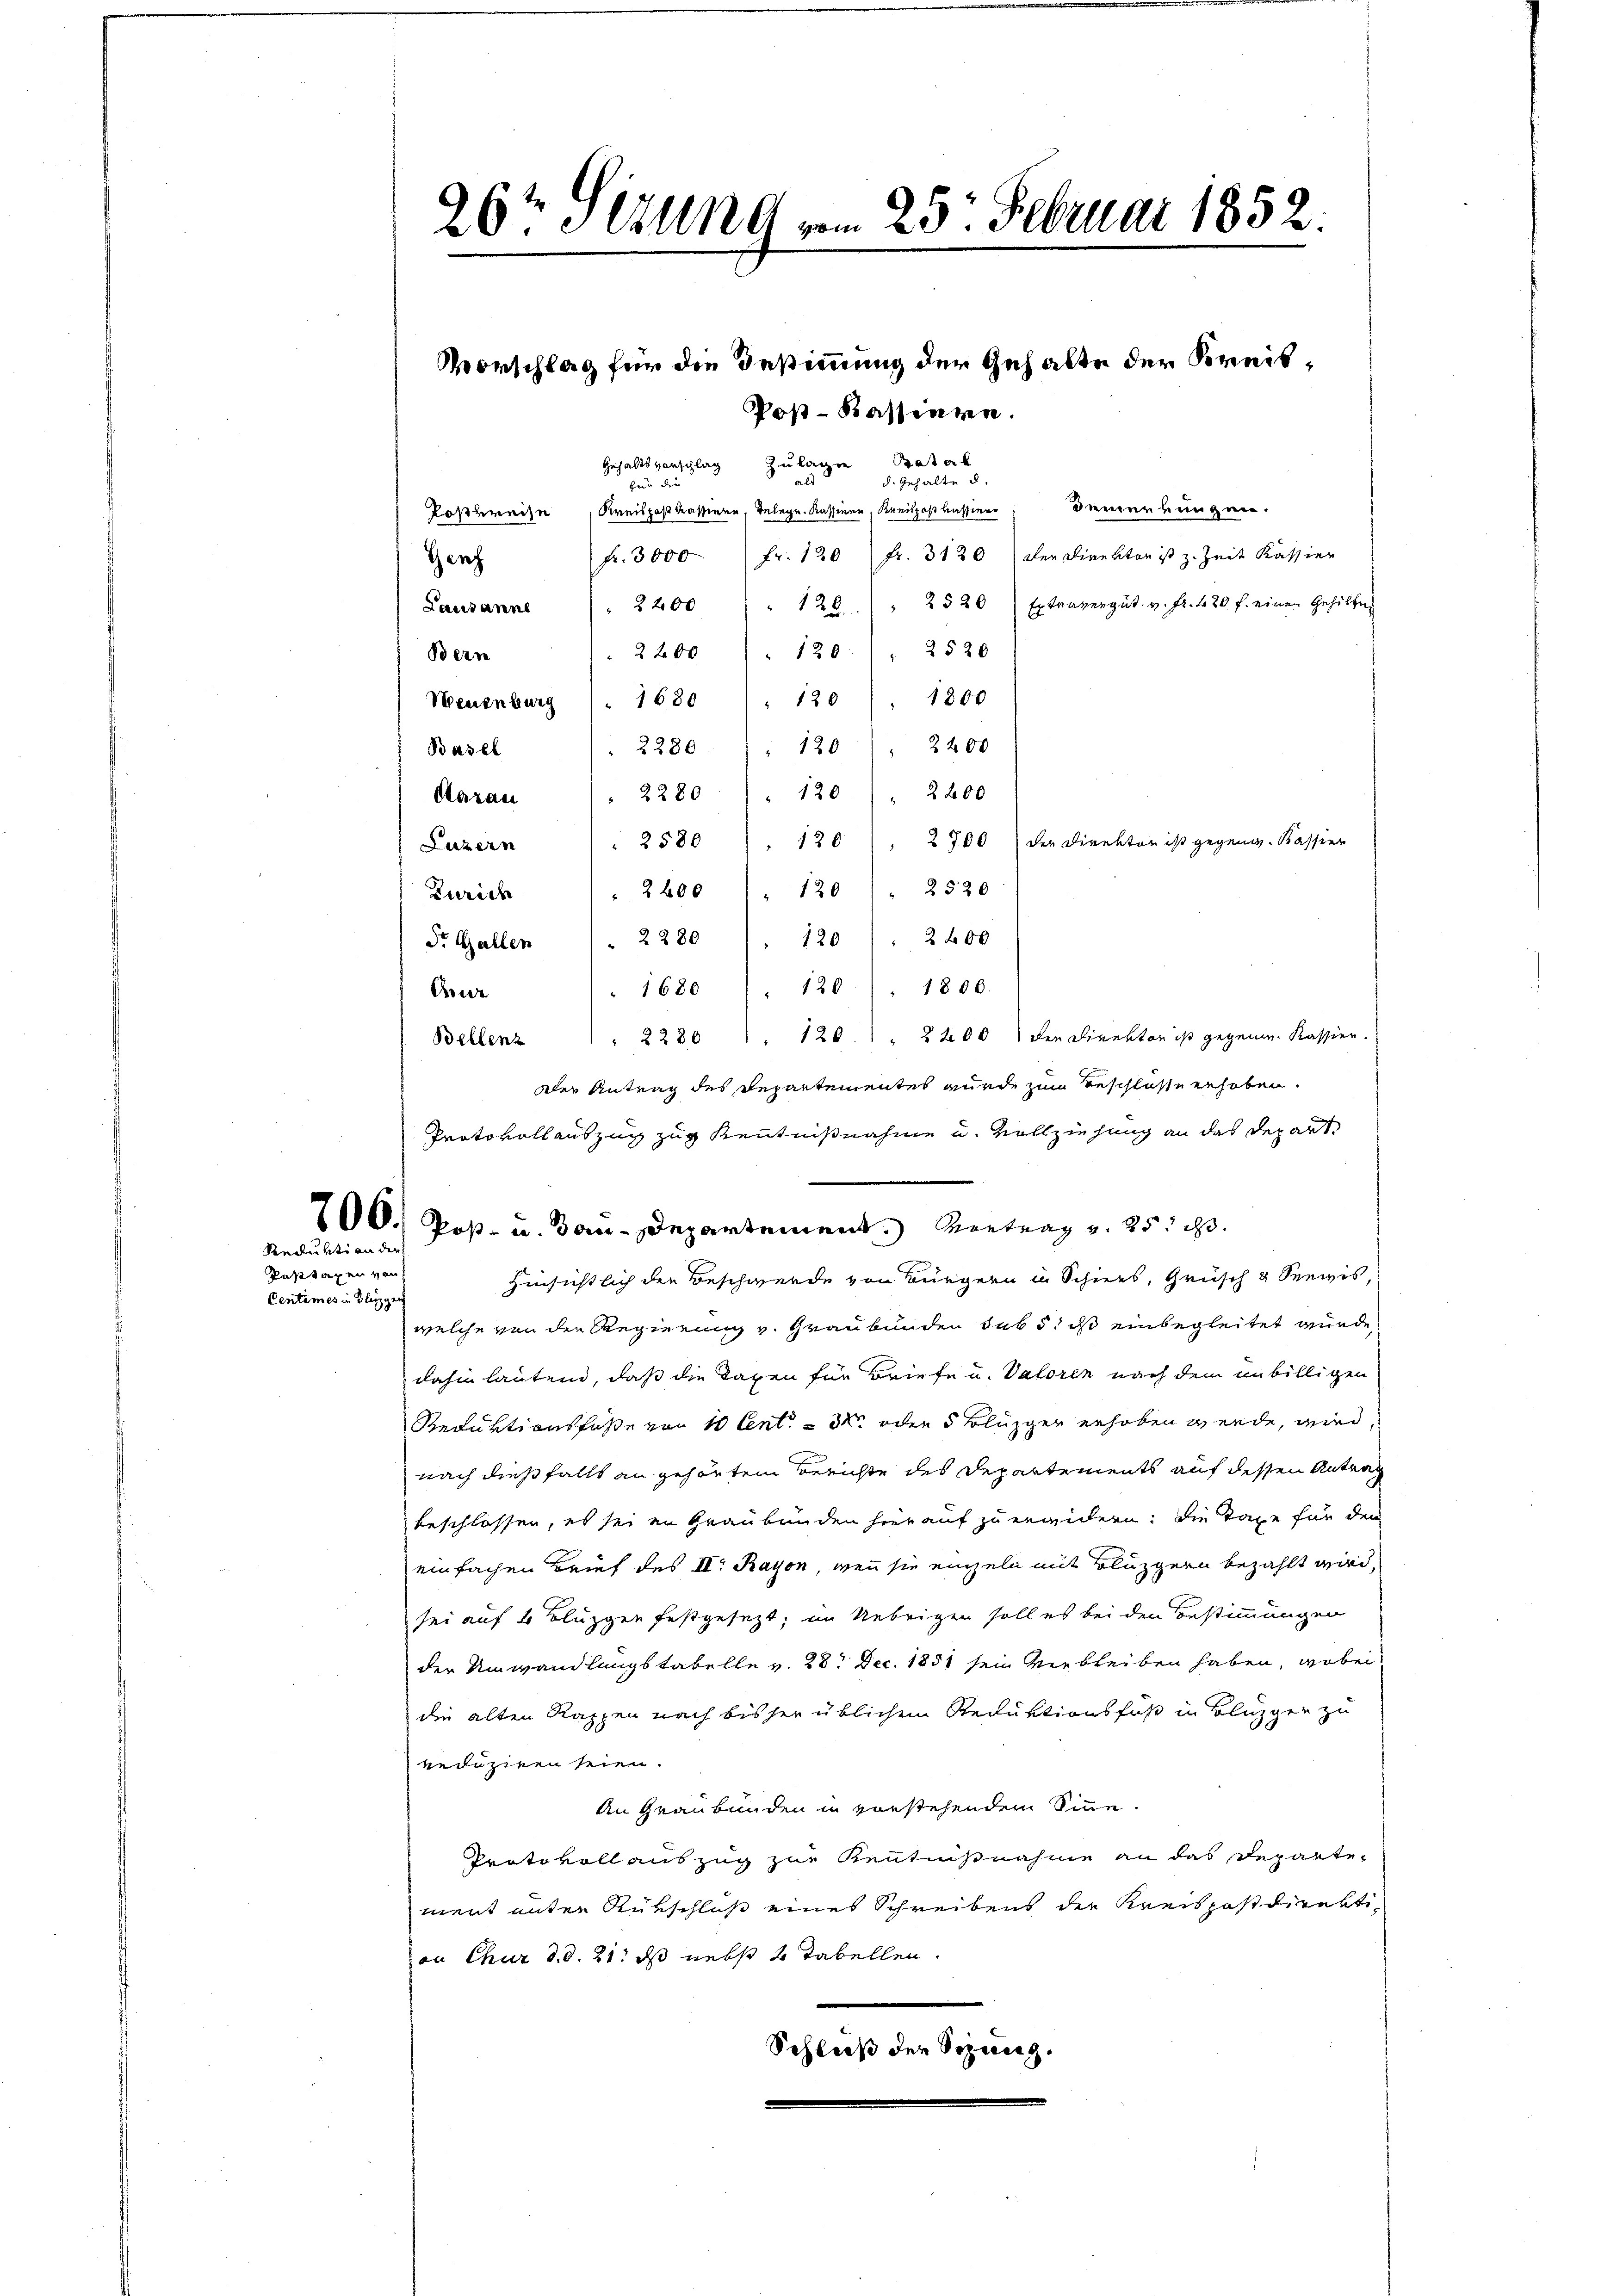
Seeduktion der

Rasttaxen von
Centimes in Blizge

26 Sezung vom 25. Februar 1852.

Vorschlag für die Bestimmung der Gehalte der Kreis¬
Pos-Kassinne.
Zulagen Paterl
Gehalts vorschlag
d. Gehalte d
für die
Poskreise, Kreispostkassene Telegr. Kassiner, Kreispostkassiere Bemerkungen.
Fr. 120 Fr. 3120) der Direktor ist z. Zeit Kassier
Fr. 3000
2520) Extravergut. v. fr. 420 f. einen Gehilten
2200 " 128.
2520
2200 " 120
120 " 1800
2280
120) " 2400
2200
2280. 120
2700 der Direktor ist gegeng. Kassier
Luzern . 2580 " 120
Zürich   2600 " " 120 " " 2520
2 f 0 x
120
 1680 ) . 120). 1800.
dewe
Bellenz   2280 " " 120.) " 2100) den Direktor ist gegen. Kassien.
dler Antrag des Departementes wurde zum Beschlosse erhoben.
Protokollauszug zug Kenntnißnahme u. vollziehung an das Depart
706. Post- u. Bau-Departement. Kontrag v. 25. d.
Hinsichtlich der Beschwerde von Bürgern in Schiers, Grüsch & Seewis,
welche von den Regierung v. Graubünden sub 5. ist einbegleitet wurde,
dahin lautend, daß die Taxen für Briefe u. Valoren nach dem unbilligen
Reduktionsfase von 10 Cent. - 3. oder 5 Kluzger erhoben werde, wird
nach dießfalls an gehörten Berichte des Departements auf dessen Antrag
beschlossen, es sei in Graubünden hierauf zu erwidern: die Taxe für den
einfachen Brief des II. Rayon, wenn sie einzeln mit Bluzgern bezahlt wird,
sei auf 2 Bluzgen festgesezt, im Uebrigen soll es bei den Bestimmungen
der Umwandlungstabelle v. 28. Dec. 1851 sein verbleiben haben, wobei
die alten Rappen nach bisher üblichem Reduktionsfuß in Bluzger zu
reduziren seien.
An Graubünden in vorstehendem Sinne
Protokoll auszug zur Kenntnißnahme an das Departe-
ment unter Rüschluß eines Schreibens die Kreispostdirektion Chur d. d. 21. ds nebst 2 Tabellen.
Schluß der Sitzung.

Genf
Bern

Lausanne
Neuenburg 1680
Basel
Aarau
Dr. Galler " " 2280